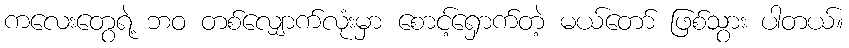
ကလေးတွေရဲ့ ဘဝ တစ်လျှောက်လုံးမှာ စောင့်ရှောက်တဲ့ မယ်တော် ဖြစ်သွား ပါတယ်။